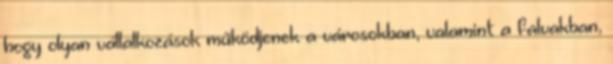
hogy olyan vállalkozások működjenek a városokban, valamint a falvakban,